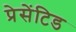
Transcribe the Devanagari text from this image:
प्रेसेंटिड